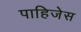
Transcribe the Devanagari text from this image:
पाहिजेस